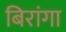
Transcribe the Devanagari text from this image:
बिरांगा